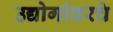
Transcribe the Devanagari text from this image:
उद्योगांवरचे